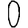
Digit: 0